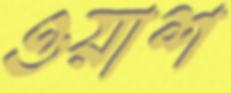
ওয়াশ